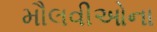
મૌલવીઓના